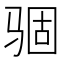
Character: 𩧽